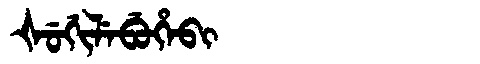
Manchu: ᡧᡠᡤᡳᠯᡝᠪᡠᡥᡝᠪᡳ
Romanization: ŠUGILEBUHEBI